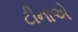
ટીનાએ